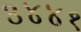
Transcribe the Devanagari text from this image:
३४४१